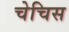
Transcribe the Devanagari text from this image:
चेचिस